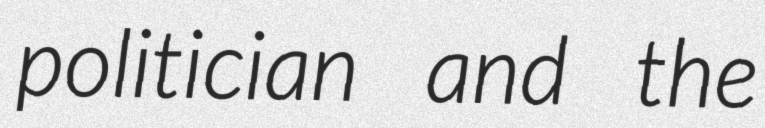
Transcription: politician and the